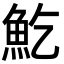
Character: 䰴